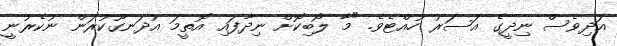
އަދިވެސް ނިދީގެ އަސަރު ހުއްޓެވެ. "މާ ލޯބިކޮށް ނިދާފައި އޮތީމަ އުދަނގޫކުރަން ނުކެރުނީ